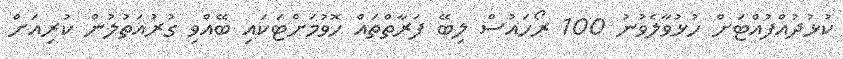
ކުޅުދުއްފުއްޓަށް ހުޅުވާލެވުނު 100 ރޯހައުސް ލިބޭ ފަރާތްތައް ހޮވުމަށްޓަކައި ބޭއްވި ގުރުއަތުލުން ކުރިއަށް